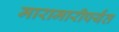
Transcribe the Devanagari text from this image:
मारामारीपर्यंत